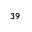
^ { 3 9 }